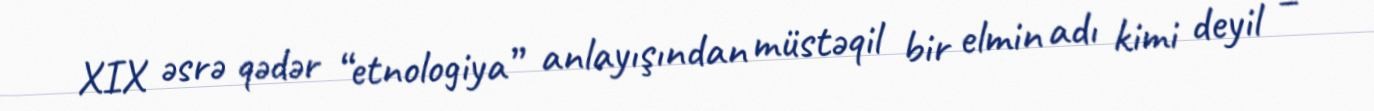
XIX əsrə qədər “etnologiya” anlayışından müstəqil bir elmin adı kimi deyil –